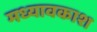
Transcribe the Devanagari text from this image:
मध्यावकाश